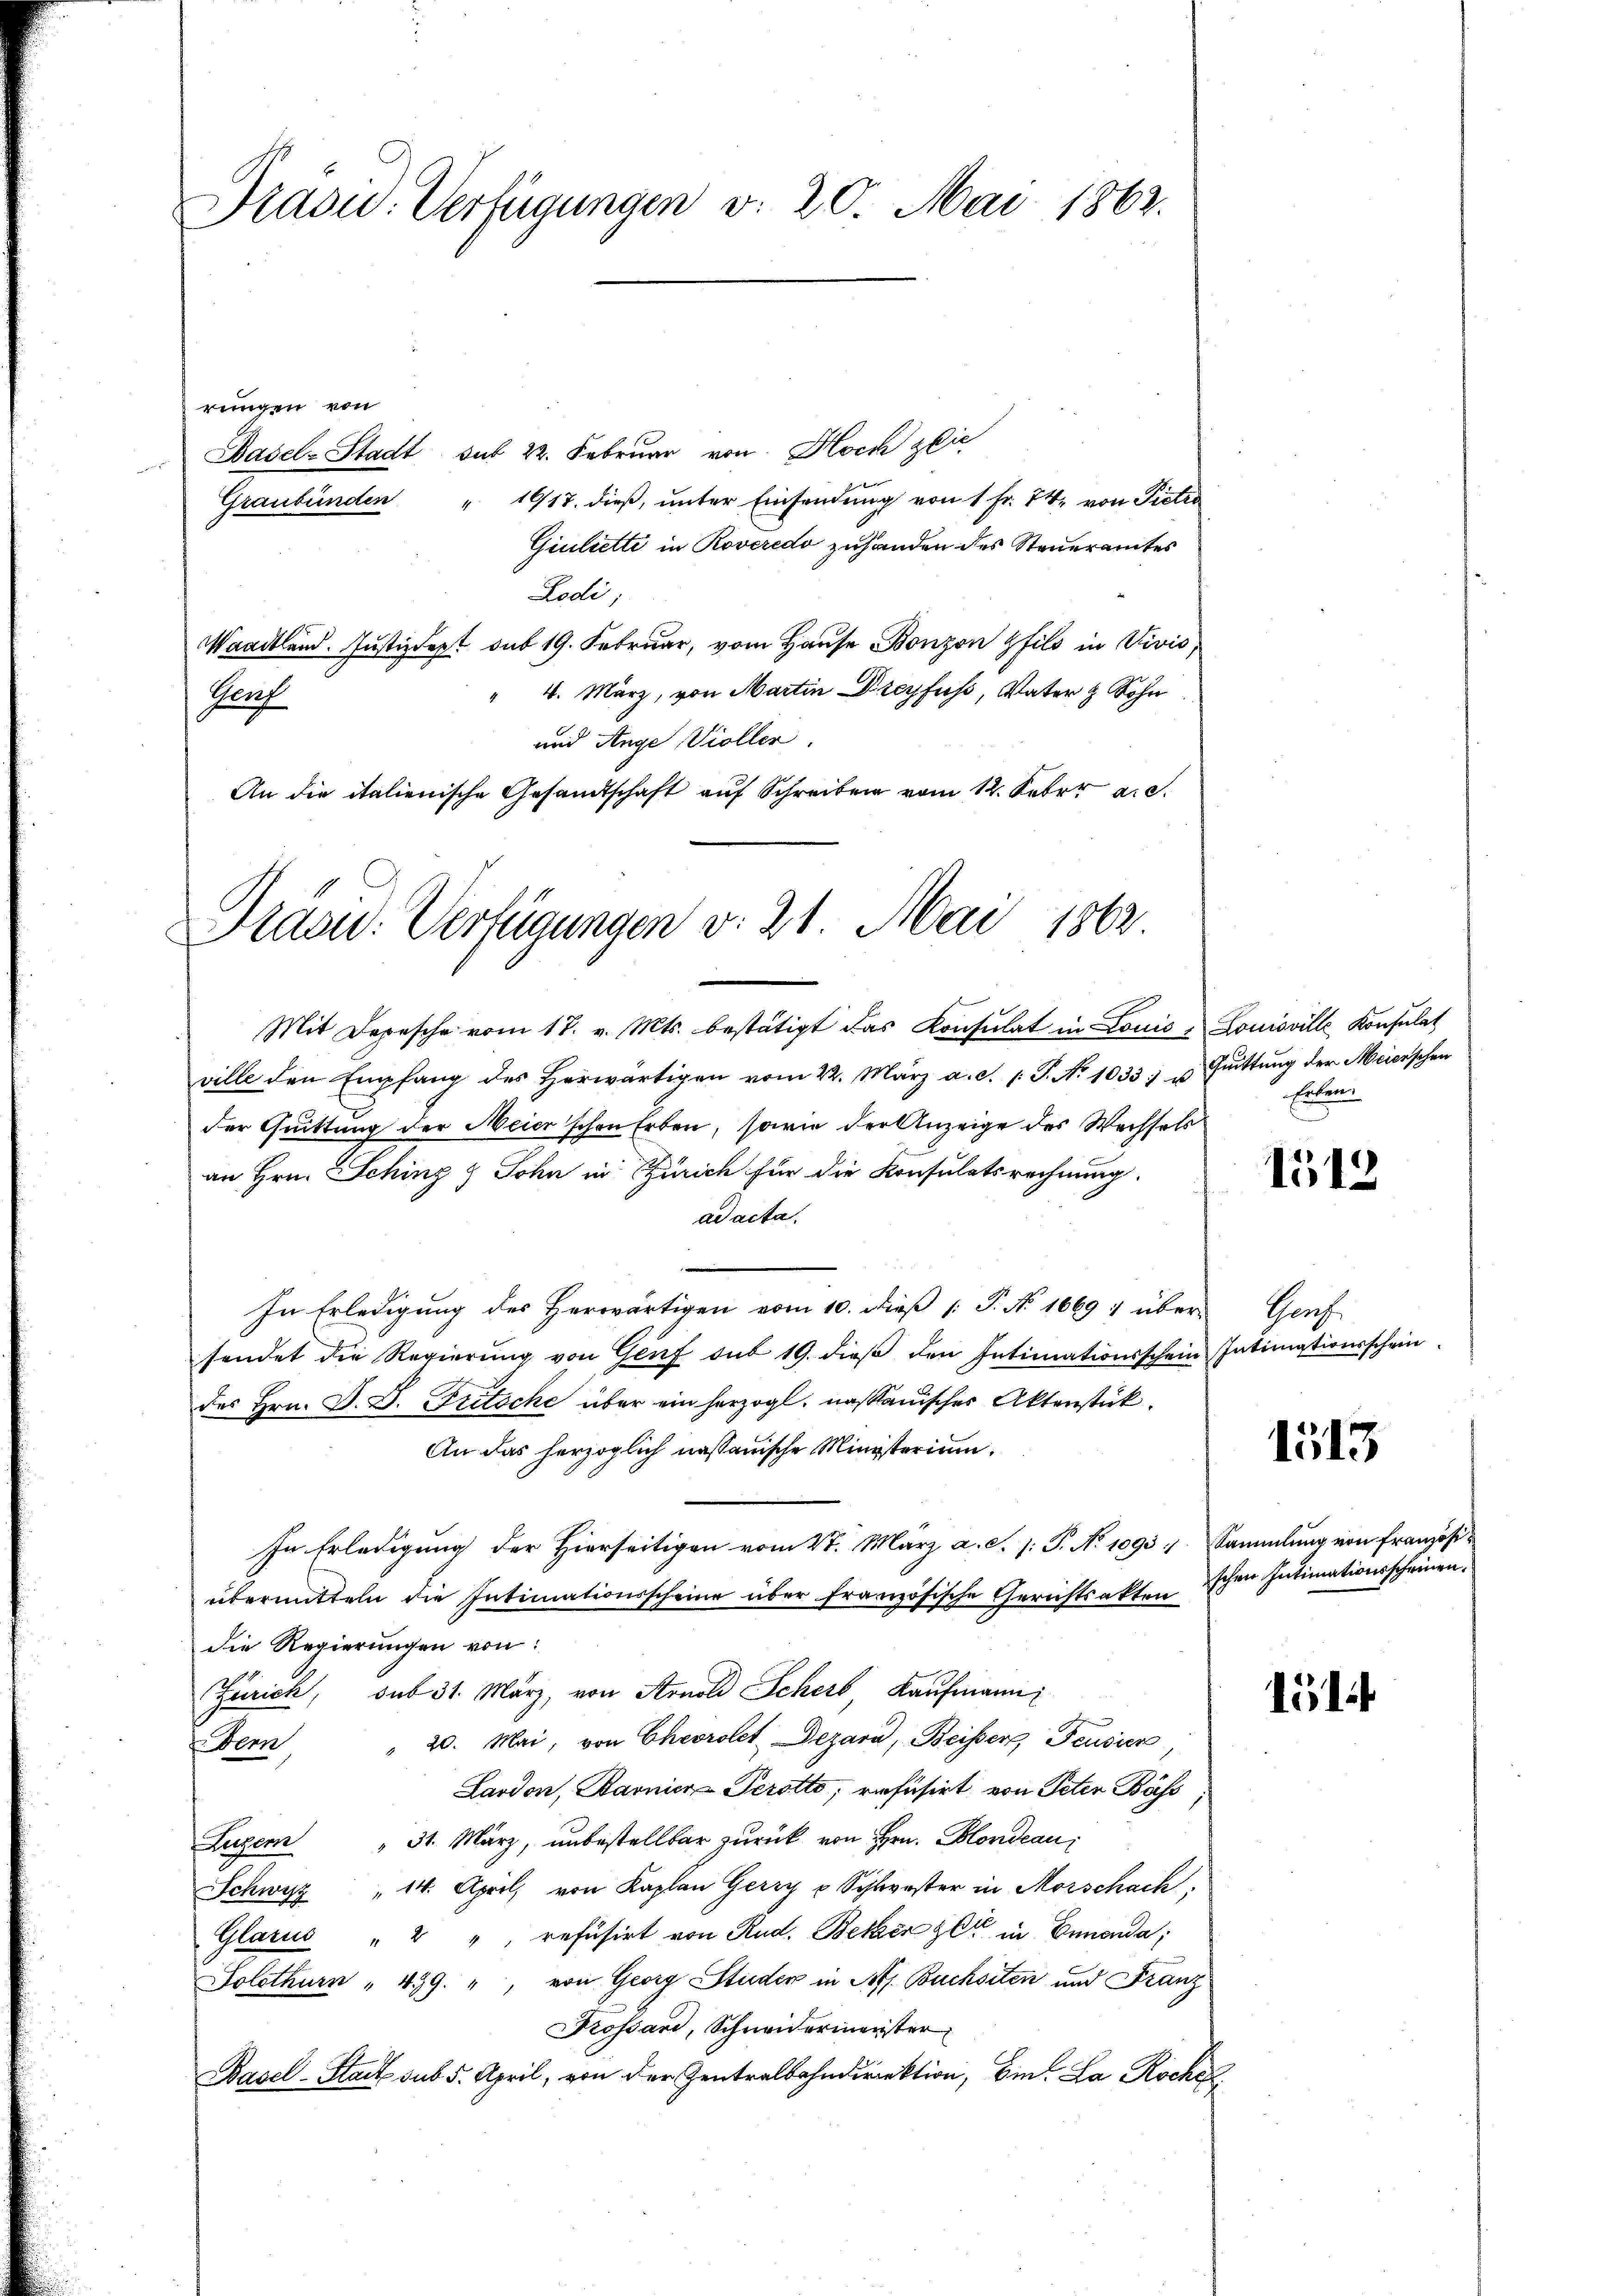
Drasid. Verfügungen v. 20. Mai 1862.

rungen von
Dasel-Stadt sub 22. Februar von Hoch zie
Graubünden " 1617. dieβ, ŭnter Einsendŭng von 1 Fr. 74, von Pietro
Giuletti in Roveredo zuhanden des Steueramtes
Lodi;
Waadtland. Justizdept sub 19. Februar, vom Hause Bonzon fils in Vivis,
4. März, von Martin Dreyfuss, Vater & Sohn
Juch
und Ange Violler.
An die italienische Gesandtschaft auf Schreiben vom 12. Feber a.c.

Praau. Verfügungen v. 21. Mai 1862

Mit Depesche vom 17. v. Mts. bestätigt das Konsulat in Louis - Louisville Konsulat
ville den Empfang des herwärtigen vom 22. März a.c. s. S. No 1033 u Gŭttŭng der Meierschen
der Quittung der Meier schon Erben, sowie der Anzeige des Wechsels
an Hrn. Sching & Sohn in Zürich für die Konsulatsrechnung.
ad acta.
In Erledigung des Herwärtigen vom 10. dieß [ P. No. 16691 über Genf
sendet die Regierŭng von Genf sub 19. dieβ den Intimationsschein Intimationsschein
des Hrn. J. D. Tritsche über ein herzogl. nassauischer Aktenstück.
An das herzoglich nassauische Ministerium.
In Erledigung der Hierseitigen vom 4t. März a. S. 1: P. No 1093 - Sammlung von Französi-
übermitteln die Intimationsscheine über französische Gerichtsakten
die Regierungen von
Zürich, sub 31. März, von Arnold Scher Kaufmann
emn " 20. Mai, von Chevrolet Dezara, Beissers Feusier
Lardon, Barnier Perotto, refüsirt von Peter Bäss
Luzer " 31. März, unbestellbar zurück von Hrn. Blondeau
Schwyz " 14. April, von Kaplan Gerry v Schwester in Morschach,
Glarus " 2 " refüsirt von Rud. Beken gut in Ennenda,
Solothurn " 439. ", von Georg Studer in As. Buchsten und Franz
Kossari, Schneidermeister
Basel-Stack sub 5. April, von der Zentralbahndirektion, bin. La Roche

Enten

1512

1513

schen Intimationsscheinen.

1514